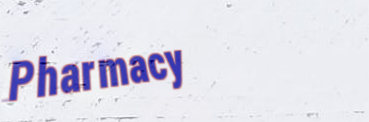
Pharmacy